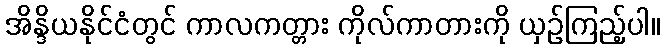
အိန္ဒိယနိုင်ငံတွင် ကာလကတ္တား ကိုလ်ကာတားကို ယှဉ်ကြည့်ပါ။